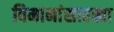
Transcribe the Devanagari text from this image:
विमानांसारखा